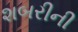
શબરીની